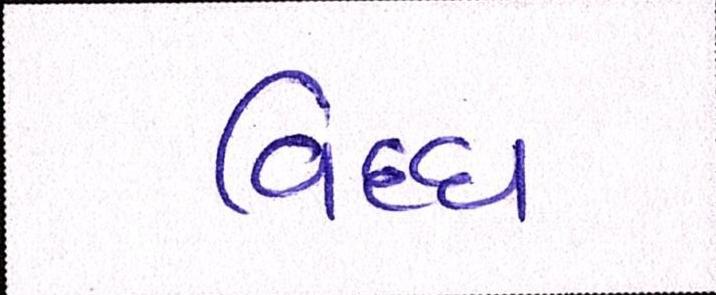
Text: વિઘ્ધ